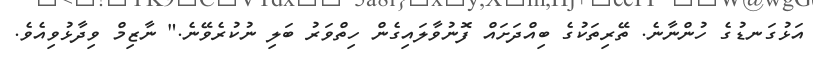
އަޅުގަނޑުގެ ހުންނާނެ. ތޭރިތަކުގެ ބިއްދަށައް ފޮނުވާލައިގެން ހިތްވަރު ބަލި ނުކުރެވޭނެ." ނާޒިމް ވިދާޅުވިއެވެ.